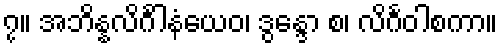
၇။ အဘိန္နလိင်္ဂါနံယေဝ၊ ဒွန္ဒော စ၊ လိင်္ဂဝါစကာ။